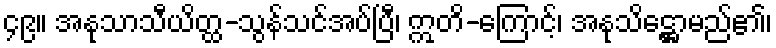
၄၉။ အနုသာသီယိတ္ထ-သွန်သင်အပ်ပြီ၊ ဣတိ-ကြောင့်၊ အနုသိဋ္ဌောမည်၏၊